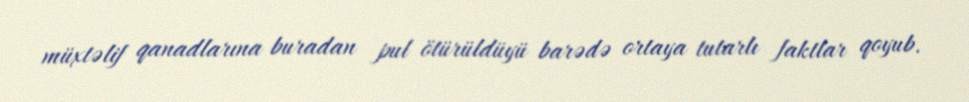
müxtəlif qanadlarına buradan pul ötürüldüyü barədə ortaya tutarlı faktlar qoyub.